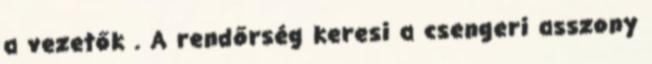
a vezetők . A rendőrség keresi a csengeri asszony